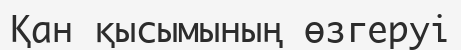
Қан қысымының өзгеруі